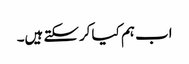
اب ہم کیا کرسکتے ہیں۔